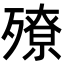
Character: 𣩢